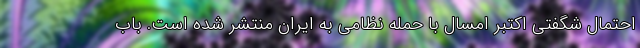
احتمال شگفتی اکتبر امسال با حمله نظامی به ایران منتشر شده است. باب